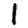
Digit: 1